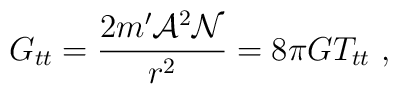
G_{tt}=\frac{2m'{\cal A}^2{\cal N}}{r^2} =8\pi G T_{tt}\ ,